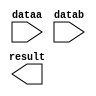
module lpm_add_sub235124 (
	dataa,
	datab,
	result);

	input	[23:0]  dataa;
	input	[23:0]  datab;
	output	[23:0]  result;

endmodule